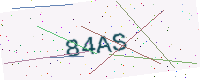
Text: 84AS